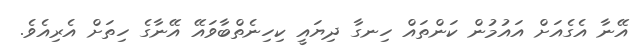
އޭނާ އެގެއަށް އައުމުން ކަންތައް ހިނގާ ދިޔައީ ކިހިނެތްބާވައޭ އޭނާގެ ހިތަށް އެރިއެވެ.